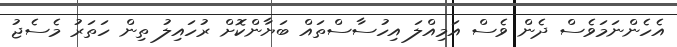
އެހެންނަމަވެސް ދެން ވެސް އަމިއްލަ އިހުސާސްތައް ބަޔާންކޮށް ރުހައިލު ތިން ހަތަރު މެސެޖު